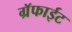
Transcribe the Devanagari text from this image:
ग्रॅफाईट